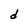
Character: d